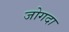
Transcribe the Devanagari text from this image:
जोगदा